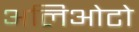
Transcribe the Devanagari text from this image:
अलिओटो